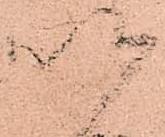
以